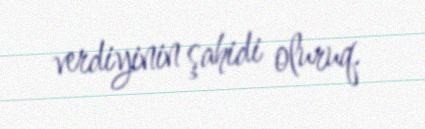
verdiyinin şahidi oluruq.